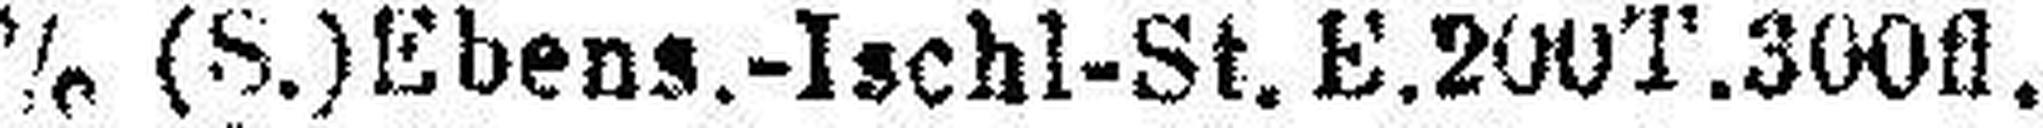
5% (S.) Ebens.-Ischl-St. E. 200T.300fl.